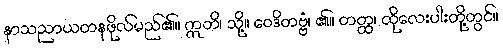
နာသညာယတနဖိုလ်မည်၏။ ဣတိ၊ သို့။ ဝေဒိတဗ္ဗံ၊ ၏။ တတ္ထ၊ ထိုလေးပါးတို့တွင်။